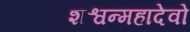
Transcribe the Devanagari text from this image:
शश्वन्महादेवो